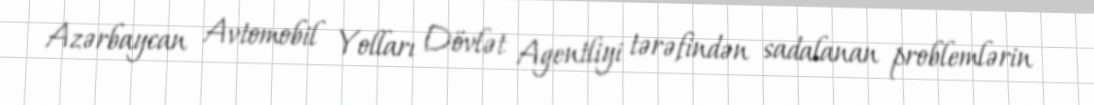
Azərbaycan Avtomobil Yolları Dövlət Agentliyi tərəfindən sadalanan problemlərin